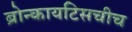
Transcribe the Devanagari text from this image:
ब्रोन्कायटिसचीच